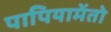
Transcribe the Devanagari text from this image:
पापियामेंतो